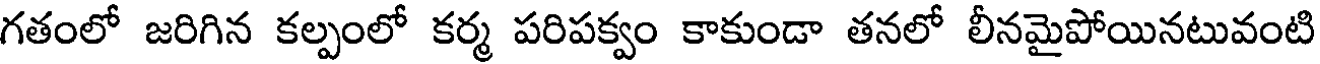
గతంలో జరిగిన కల్పంలో కర్మ పరిపక్వం కాకుండా తనలో లీనమైపోయినటువంటి